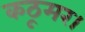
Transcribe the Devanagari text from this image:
कठूमर।